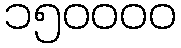
၁၅၀၀၀၀